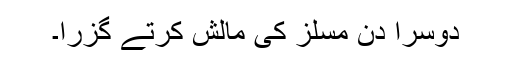
دوسرا دن مسلز کی مالش کرتے گزرا۔